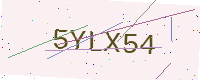
Text: 5YLX54